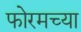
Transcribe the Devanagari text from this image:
फोरमच्या